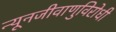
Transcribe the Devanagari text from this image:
न्यूनजीवाणुविरोधी